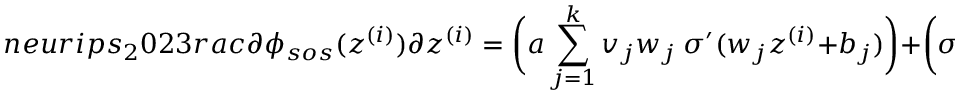
n e u r i p s _ { 2 } 0 2 3 r a c { \partial \phi _ { s o s } ( z ^ { ( i ) } ) } { \partial z ^ { ( i ) } } = \bigg ( a \sum _ { j = 1 } ^ { k } v _ { j } w _ { j } \ \sigma ^ { \prime } ( w _ { j } z ^ { ( i ) } + b _ { j } ) \bigg ) + \bigg ( \sigma ( - s + z ^ { ( i ) } ) + \sigma ( - s - z ^ { ( i ) } ) \bigg ) > 0 ,